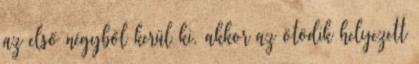
az első négyből kerül ki, akkor az ötödik helyezett